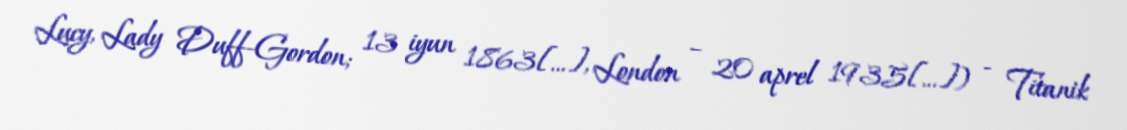
Lucy, Lady Duff-Gordon; 13 iyun 1863[…], London – 20 aprel 1935[…]) - Titanik